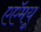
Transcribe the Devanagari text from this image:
एएॅमयू